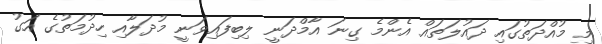
މި މުއްދަތުގައި ދައުލަތައް އެންމެ ގިނަ އާމްދަނީ ލިބިފައިވަނީ މުދަލާއި ހިދުމަތުގެ އަގު